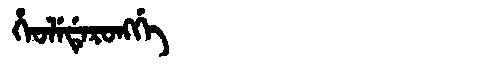
Manchu: ᡥᡝᠣᠯᡝᡩᡝᡵᠣᠩᡤᡝ
Romanization: HEOLEDERONGGE